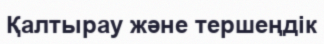
Қалтырау және тершеңдік